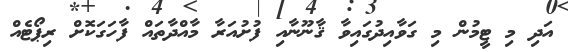
އަދި މި ޓީމުން މި ގަވާއިދުގައިވާ ޤާނޫނާއި ފުށުއަރާ މާއްދާތައް ފާހަގަކޮށް ރިޕޯޓެއް